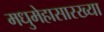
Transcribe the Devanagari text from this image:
मधुमेहासारख्या